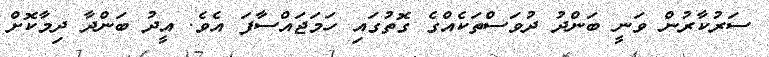
ސަރުކާރުން ވަނީ ބަންދު ދުވަސްތަކެއްގެ ގޮތުގައި ހަމަޖައްސާފަ އެވެ. އީދު ބަންދާ ދިމާކޮށް